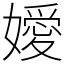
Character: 嬡